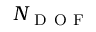
N _ { \mathrm { ~ D ~ O ~ F ~ } }